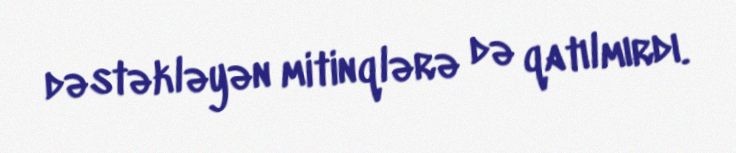
dəstəkləyən mitinqlərə də qatılmırdı.